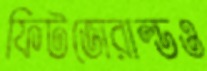
ফিটজেরাল্ডও